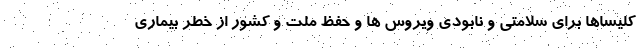
کلیساها برای سلامتی و نابودی ویروس ها و حفظ ملت و کشور از خطر بیماری